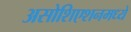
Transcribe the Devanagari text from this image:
असोशिएशनमध्ये